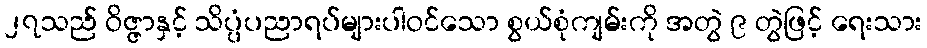
၂၇သည် ဝိဇ္ဇာနှင့် သိပ္ပံပညာရပ်များပါဝင်သော စွယ်စုံကျမ်းကို အတွဲ ၉ တွဲဖြင့် ရေးသား